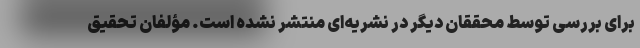
برای بررسی توسط محققان دیگر در نشریه‌ای منتشر نشده است. مؤلفان تحقیق